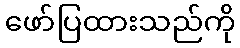
ဖော်ပြထားသည်ကို